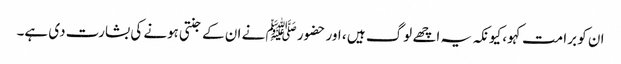
ان کو برا مت کہو، کیونکہ یہ اچھے لوگ ہیں ، اور حضور ﷺ نے ان کے جنتی ہونے کی بشارت دی ہے۔